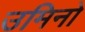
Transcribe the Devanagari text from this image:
उमिनो